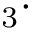
_ 3 \cdot